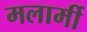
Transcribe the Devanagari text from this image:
मलार्मी